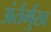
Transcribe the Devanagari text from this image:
अंर्तर्मुख